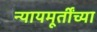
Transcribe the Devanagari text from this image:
न्यायमूर्तींच्या